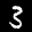
Label: 3